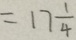
= 1 7 \frac { 1 } { 4 }